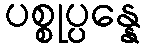
ပစ္စုပ္ပန္နေ